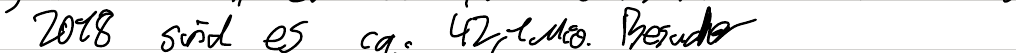
2018 sind es ca. 42,1Mio. Besucher